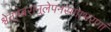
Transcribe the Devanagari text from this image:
श्वेताम्बरानुलेपनस्रगाभरणां